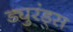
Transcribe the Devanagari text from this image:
ड्युरंड्स